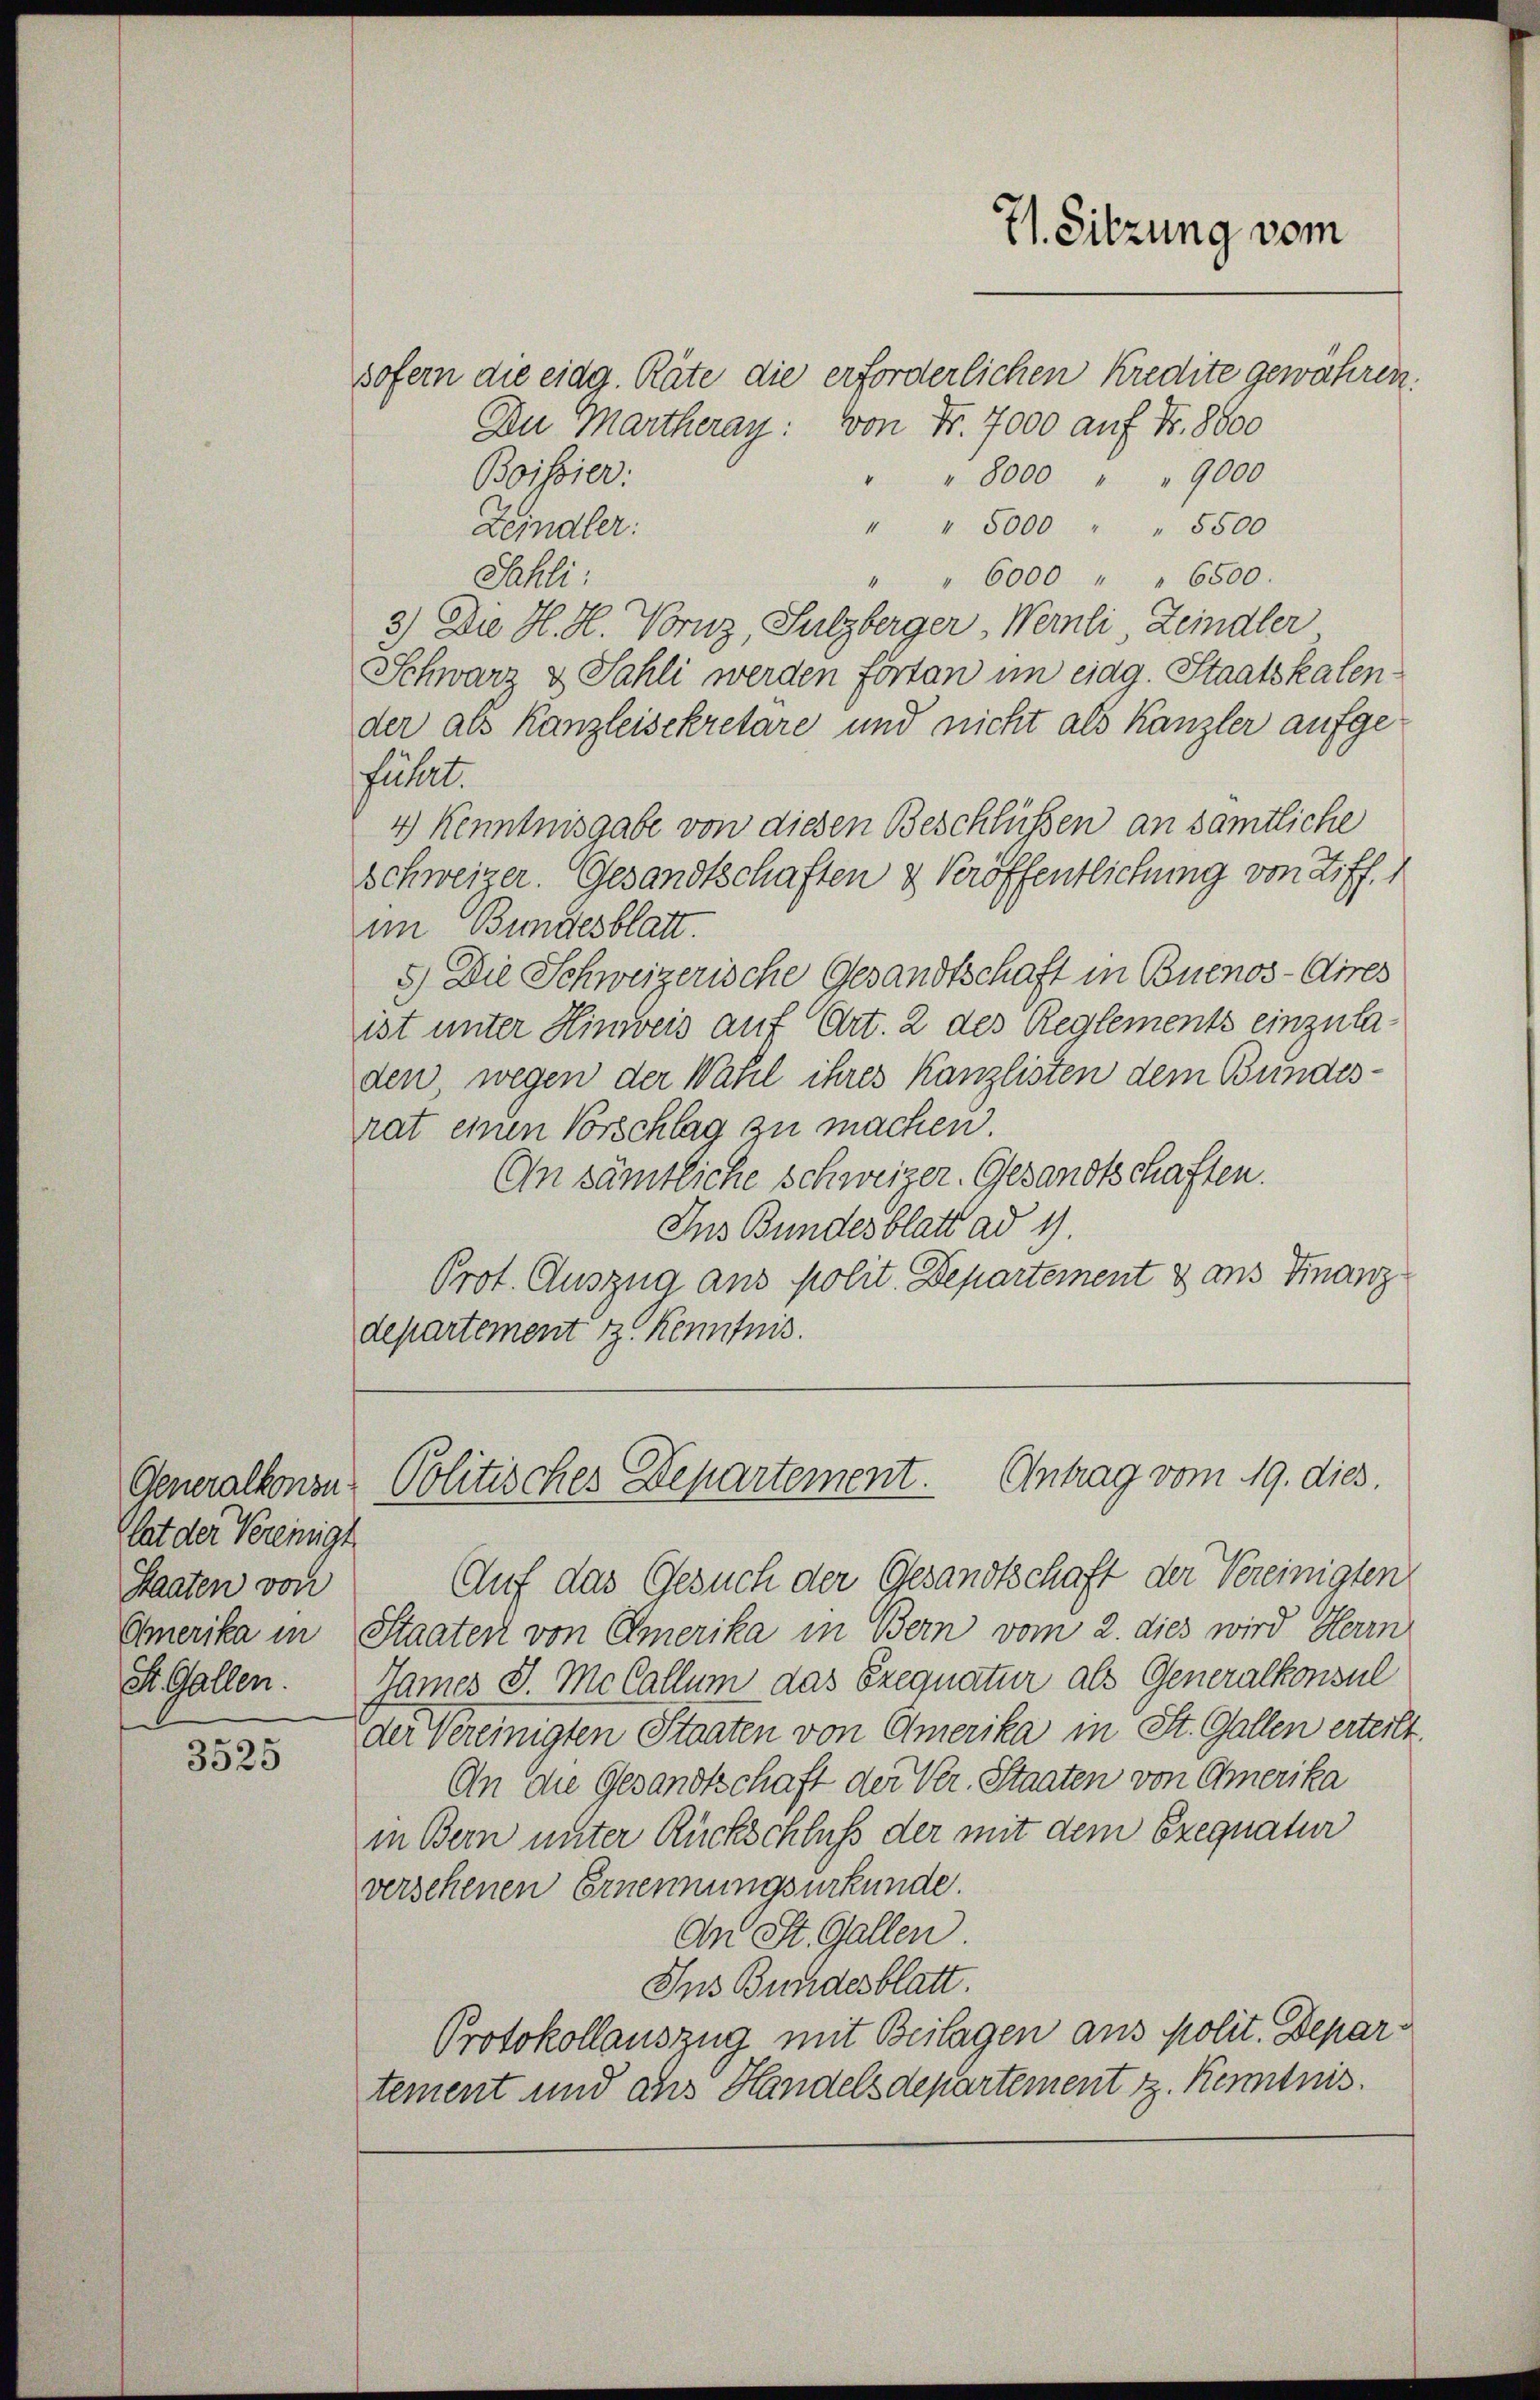
71. Sitzung vom

sofern die eidg. Räte die erforderlichen Kredite gewähren.
Du Martheray: von Fr. 7000 auf Fr. 8800
Boissier
" " 8000 " " 9000
" " 5000 " " 5500
Zeindler:
Sahli:
" " 6000 " " 6500.
3.) Die H. H. Vornz, Sulzberger, Wernli Leindler
Schwarz & Sahli werden fortan im eidg. Staatskalender als Kanzleisekretare und nicht als Kanzler aufgefüllet.
4) Kenntnisgabe von diesen Beschlüssen an sämtliche
Schweizer. Gesandtschaften & Veröffentlichung von Ziff. 1
im Bundesblatt.
5) Die Schweizerische Gesandtschaft in Buenos-Aires
ist unter Hinweis auf Art. 2 des Reglements einzula
den wegen der Wahl ihres Kanzlisten dem Bundes-
rat einen Vorschlag zu machen.
An sämtliche schweizer. Gesandtschaften.
Ins Bundesblatt ad 1.
Prot. Auszug aus polit. Departement & aus Finanzdepartement z. Kenntnis.

Politisches Departement. Antrag vom 19. dies

Generalkonsu
lat der Vereinigt
Staaten von
Amerika in
St. Gallen.

Auf das Gesuch der Gesandtschaft der Vereinigten
Staaten von Emerika in Bern vom 2. dies wird Herrn
James J. MeCallum das Exequatur als Generalkonsul
der Vereinigten Staaten von Emerika in St. Gallen erteilt.
An die Gesandtschaft der Ver. Staaten von Amerika
in Bern unter Rückschluß der mit dem Exequatur
versehenen Ernennungsurkunde.
An St. Gallen.
Ins Bundesblatt.
Protokollauszug mit Beilagen aus polit. Departement und aus Handelsdepartement z. Kenntnis.

3525